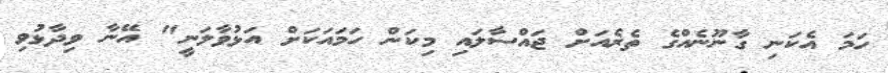
ހަމަ އެކަނި ގާނޫނެއްގެ ތެރެއަށް ޖައްސާލައި މިކަން ހަމައަކަށް އަޅުވާލަނީ" އޭނާ ވިދާޅުވި